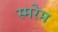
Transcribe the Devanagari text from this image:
स्मरेम